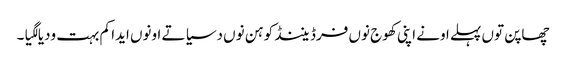
چھاپن توں پہلے اونے اپنی کھوج نوں فرڈیننڈ کوہن نوں دسیا تے اونوں ایدا کم بہت ودیا لگیا۔